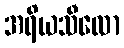
အရိယသီလော